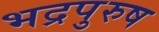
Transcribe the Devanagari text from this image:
भद्रपुरुष